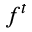
f ^ { t }